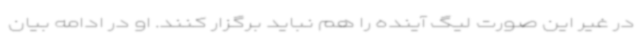
در غیر این صورت لیگ آینده را هم نباید برگزار کنند. او در ادامه بیان